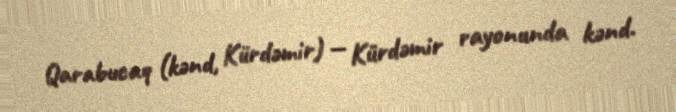
Qarabucaq (kənd, Kürdəmir) — Kürdəmir rayonunda kənd.